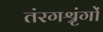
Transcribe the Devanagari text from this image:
तंरगश्रृंगों